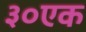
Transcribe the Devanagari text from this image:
३०एक